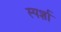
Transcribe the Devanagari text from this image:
स्पर्शा